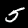
Digit: 5